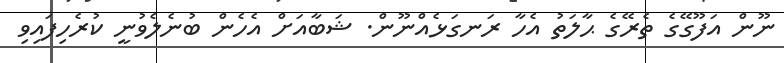
ނޫން އަފޫގޭގެ ތެރޭގެ ޙާލަތު އެހާ ރަނގަޅެއްނޫން. ޝަބާއަށް އެހެން ބުނެލެވުނީ ކުރެހިފައިވި